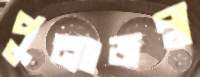
পুনঃজন্ম